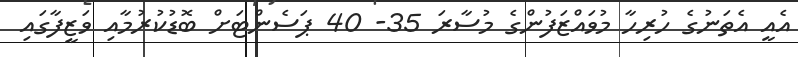
އެއީ އެތަނުގެ ހުރިހާ މުވައްޒަފުންގެ މުސާރަ 35- 40 ޕަސެންޓަށް ބޮޑުކުރުމާއި ވަޒީފާގައި